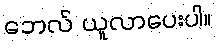
ဘေလ် ယူလာပေးပါ။